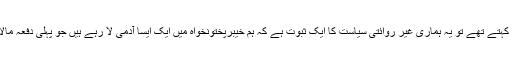
اور یہ جو ہم ہمیشہ سے روائتی سیاست نہ کرنے کا کہتے تھے تو یہ ہماری غیر روائتی سیاست کا ایک ثبوت ہے کہ ہم خیبرپختونخواہ میں ایک ایسا آدمی لا رہے ہیں جو پہلی دفعہ مالاکنڈ ڈویژن سے خیبرپختونخواہ کا وزیراعلیٰ بنے گا۔